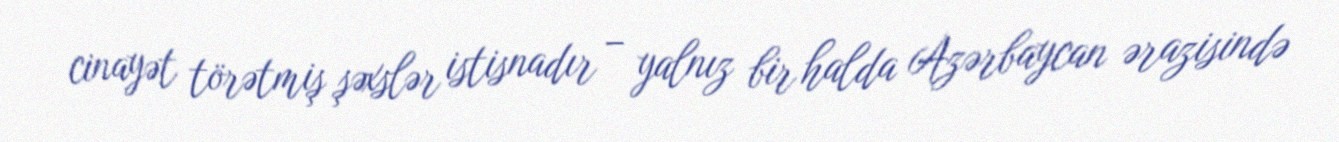
cinayət törətmiş şəxslər istisnadır – yalnız bir halda Azərbaycan ərazisində